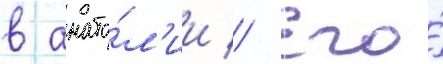
в анато́л'ии // Его́